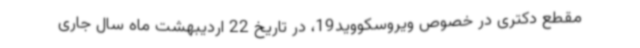
مقطع دکتری در خصوص ویروسکووید19، در تاریخ 22 اردیبهشت ماه سال جاری